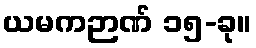
ယမကဉာဏ် ၁၅-ခု။